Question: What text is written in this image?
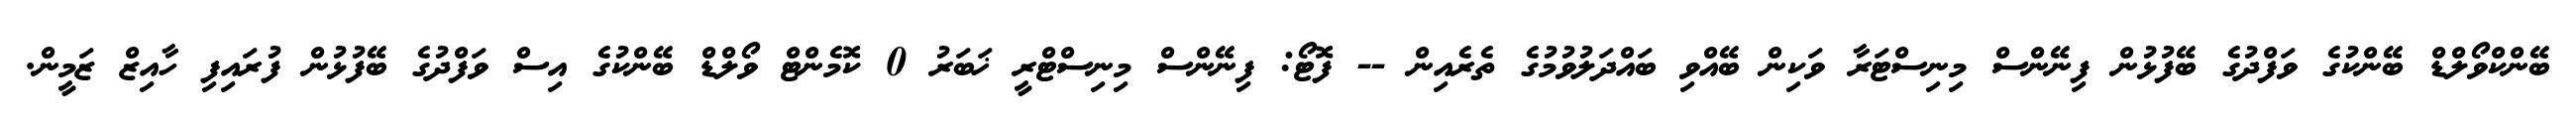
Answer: ބޭންކްވޯލްޑް ބޭންކުގެ ވަފްދުގެ ބޭފުޅުން ފިނޭންސް މިނިސްޓަރާ ވަކިން ބޭއްވި ބައްދަލުވުމުގެ ތެރެއިން -- ފޮޓޯ: ފިނޭންސް މިނިސްޓްރީ ޚަބަރު 0 ކޮމެންޓް ވޯލްޑް ބޭންކުގެ އިސް ވަފްދުގެ ބޭފުޅުން ފުރައިފި ހާއިޒް ޒަމީން.